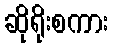
ဆိုရိုးစကား